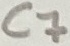
Text: C7